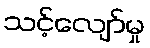
သင့်လျော်မှု